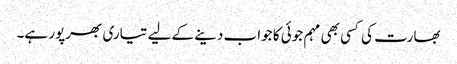
بھارت کی کسی بھی مہم جوئی کا جواب دینے کے لیے تیاری بھرپور ہے۔